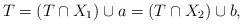
\begin{align*}T=\left( T\cap X_{1}\right) \cup a=\left( T\cap X_{2}\right) \cup b,\end{align*}